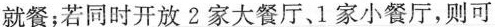
就餐；若同时开放2家大餐厅、1家小餐厅，则可